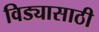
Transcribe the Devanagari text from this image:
विड्यासाठी